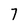
Character: 7